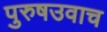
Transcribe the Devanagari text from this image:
पुरुषउवाच